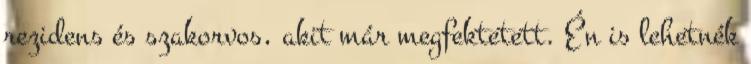
rezidens és szakorvos, akit már megfektetett. Én is lehetnék